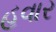
હવાર